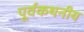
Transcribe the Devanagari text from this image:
पूर्वकथनीय